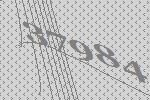
37984